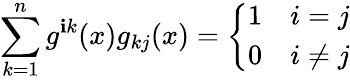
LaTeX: \sum_{k=1}^{n}g^{\mathbf{i}k}(x)g_{kj}(x)={\left\{ \begin{array}{ll}{1}&{i=j}\\ {0}&{i\neq j}\end{array}\right.}